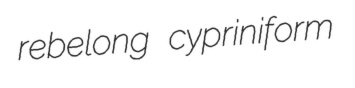
rebelong cypriniform